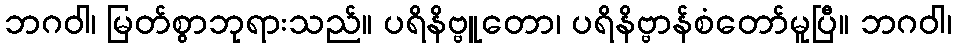
ဘဂဝါ၊ မြတ်စွာဘုရားသည်။ ပရိနိဗ္ဗူတော၊ ပရိနိဗ္ဗာန်စံတော်မူပြီ။ ဘဂဝါ၊